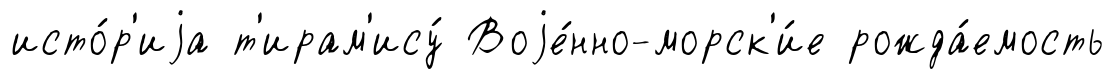
исто́р'иjа т'ирам'ису́ Воjе́нно-морск'и́е рожда́емость